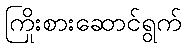
ကြိုးစားဆောင်ရွက်